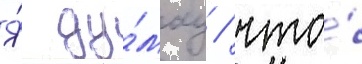
Я́ ду́мау / что́